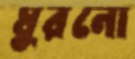
ঘুরনো